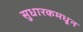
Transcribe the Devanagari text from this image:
सुधारकमधून